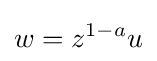
w=z^{1-a}u